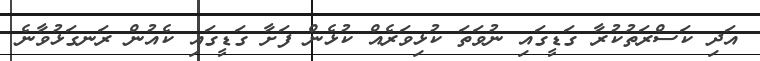
އަދި ކަސްރަތުކުރާ ގަޑީގައި ނުވަތަ ކުޅިވަރެއް ކުޅެން ފަށާ ގަޑީގައި ކެއުން ރަނގަޅުވާނެ